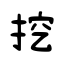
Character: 挖